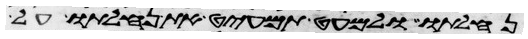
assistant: נחלתו ולמעט תמעיט את נחלתו על